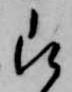
被